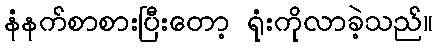
နံနက်စာစားပြီးတော့ ရုံးကိုလာခဲ့သည်။